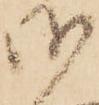
御